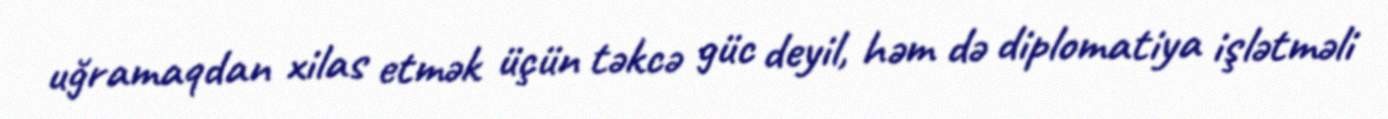
uğramaqdan xilas etmək üçün təkcə güc deyil, həm də diplomatiya işlətməli